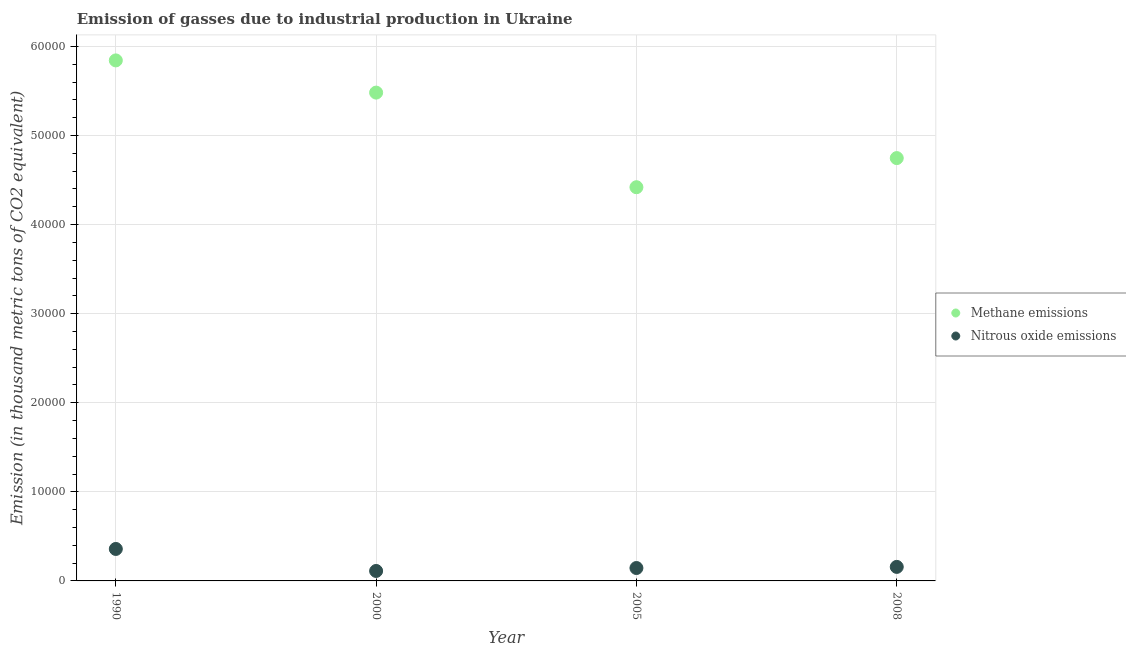
| Year | Methane emissions | Nitrous oxide emissions |
 | --- | --- | --- |
 | 1990 | 5.84e+04 | 3.59e+03 |
 | 2000 | 5.48e+04 | 1.12e+03 |
 | 2005 | 4.42e+04 | 1.45e+03 |
 | 2008 | 4.75e+04 | 1.57e+03 |